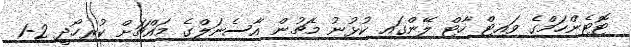
ޓޮޓެންހަމްގެ ވައިޓް ހާޓް ލޭންގައި ކުޅުނު މެޗުން އާސެނަލްގެ މައްޗަށް ކުރިހޯދީ 2-1